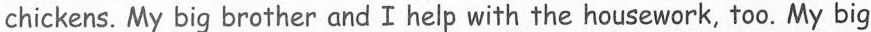
chickens. My big brother and I help with the heusework, too. My big